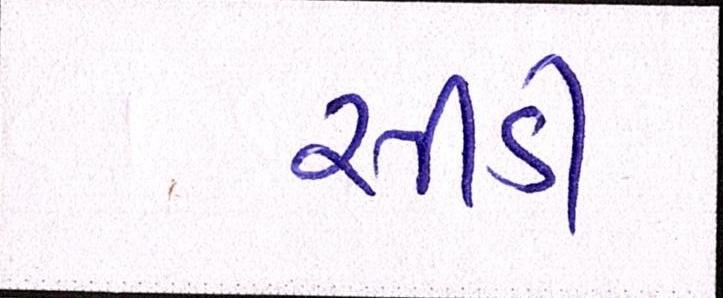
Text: સીડી